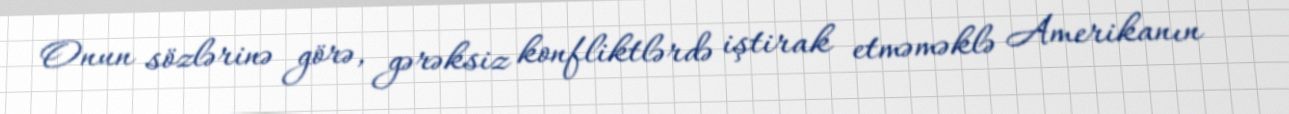
Onun sözlərinə görə, gərəksiz konfliktlərdə iştirak etməməklə Amerikanın